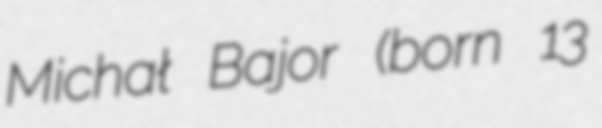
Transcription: Michał Bajor (born 13